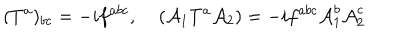
LaTeX: ( { T ^ { a } } ) _ { b c } = - i f ^ { a b c } , \; ( { \cal A } _ { 1 } T ^ { a } { \cal A } _ { 2 } ) = - i f ^ { a b c } { \cal A } _ { 1 } ^ { b } { \cal A } _ { 2 } ^ { c }